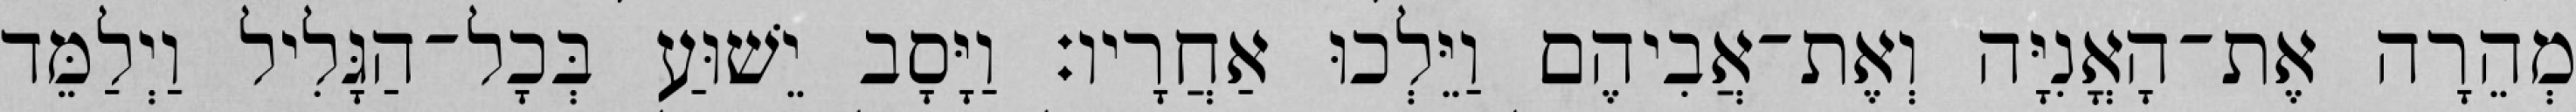
מְהֵרָה אֶת־הָאֳנִיָּה וְאֶת־אֲבִיהֶם וַיֵּלְכוּ אַחֲרָיו׃ וַיָּסָב יֵשׁוּעַ בְּכָל־הַגָּלִיל וַיְלַמֵּד